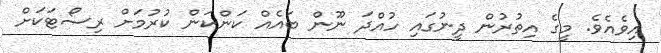
އިވެއެވެ. މީގެ އިތުރުން ދީނުގައި ހުއްދަ ނޫން ބައެއް ކަންކަން ކުރުމަށް ރިސޯޓަކަށް